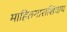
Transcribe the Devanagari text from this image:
माहितगाराशिवाय